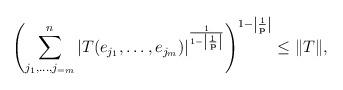
LaTeX: \begin{align*}\left( \sum_{j_{1},\ldots,j_{=m}}^{n}|T(e_{j_{1}},\ldots,e_{j_{m}})|^{\frac{1}{1-\left|\frac{1}{\mathbf{p}}\right|}}\right) ^{1-\left|\frac{1}{\mathbf{p}}\right|}\leq \Vert T\Vert,\end{align*}